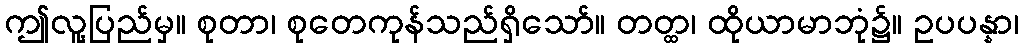
ဤလူ့ပြည်မှ။ စုတာ၊ စုတေကုန်သည်ရှိသော်။ တတ္ထ၊ ထိုယာမာဘုံ၌။ ဥပပန္နာ၊